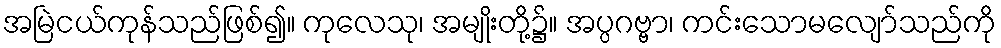
အမြဲငယ်ကုန်သည်ဖြစ်၍။ ကုလေသု၊ အမျိုးတို့၌။ အပ္ပဂဗ္ဗာ၊ ကင်းသောမလျော်သည်ကို